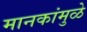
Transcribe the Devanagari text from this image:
मानकांमुळे